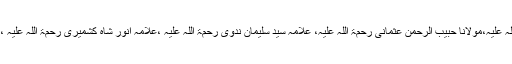
اس موقعہ پرامام الہند مولانا ابوالکلام آزاد رحمۃ اللہ علیہ ،مولانا محمد علی مونگیری رحمۃ اللہ علیہ،مولانا حبیب الرحمن عثمانی رحمۃ اللہ علیہ، علامہ سید سلیمان ندوی رحمۃ اللہ علیہ ،علامہ انور شاہ کشمیری رحمۃ اللہ علیہ ، مفتی کفایت اللہ رحمۃ اللہ علیہ اور دوسرےاس وقت کے متبحراور ممتاز علما ءموجود تھے۔